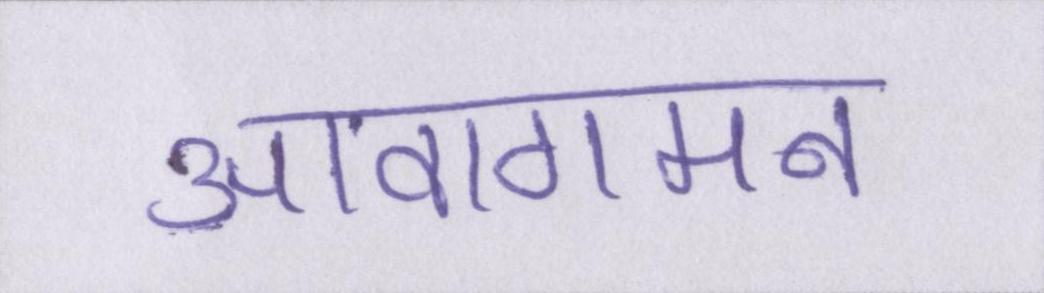
आवागमन